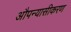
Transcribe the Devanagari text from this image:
औपन्यासीकरण